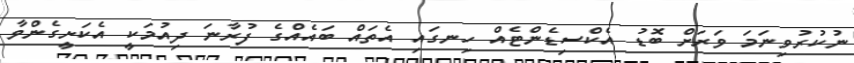
ނުކުރުވިނަމަ ވަރަށް ބޮޑު އެކްސިޑެންޓެއް ހިނގައި އެތައް ބައެއްގެ ފުރާނަ ދިއުމަކީ އެކަށީގެންވާ